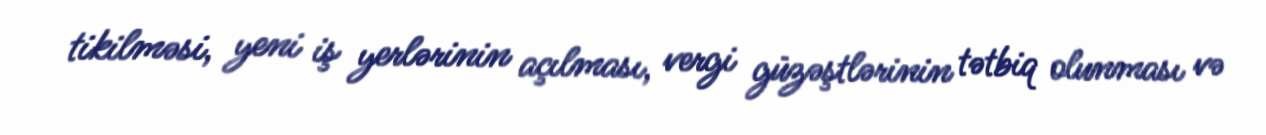
tikilməsi, yeni iş yerlərinin açılması, vergi güzəştlərinin tətbiq olunması və